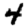
Digit: 4